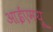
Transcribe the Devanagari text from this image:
आईएमयू